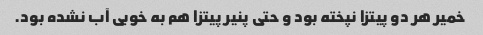
خمیر هر دو پیتزا نپخته بود و حتی پنیر پیتزا هم به خوبی آب نشده بود.